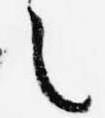
之